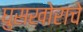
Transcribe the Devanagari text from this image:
घुसखोराचे